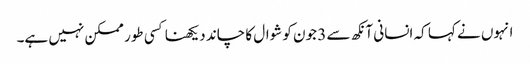
انہوں نے کہا کہ انسانی آنکھ سے 3 جون کو شوال کا چاند دیکھنا کسی طور ممکن نہیں ہے۔